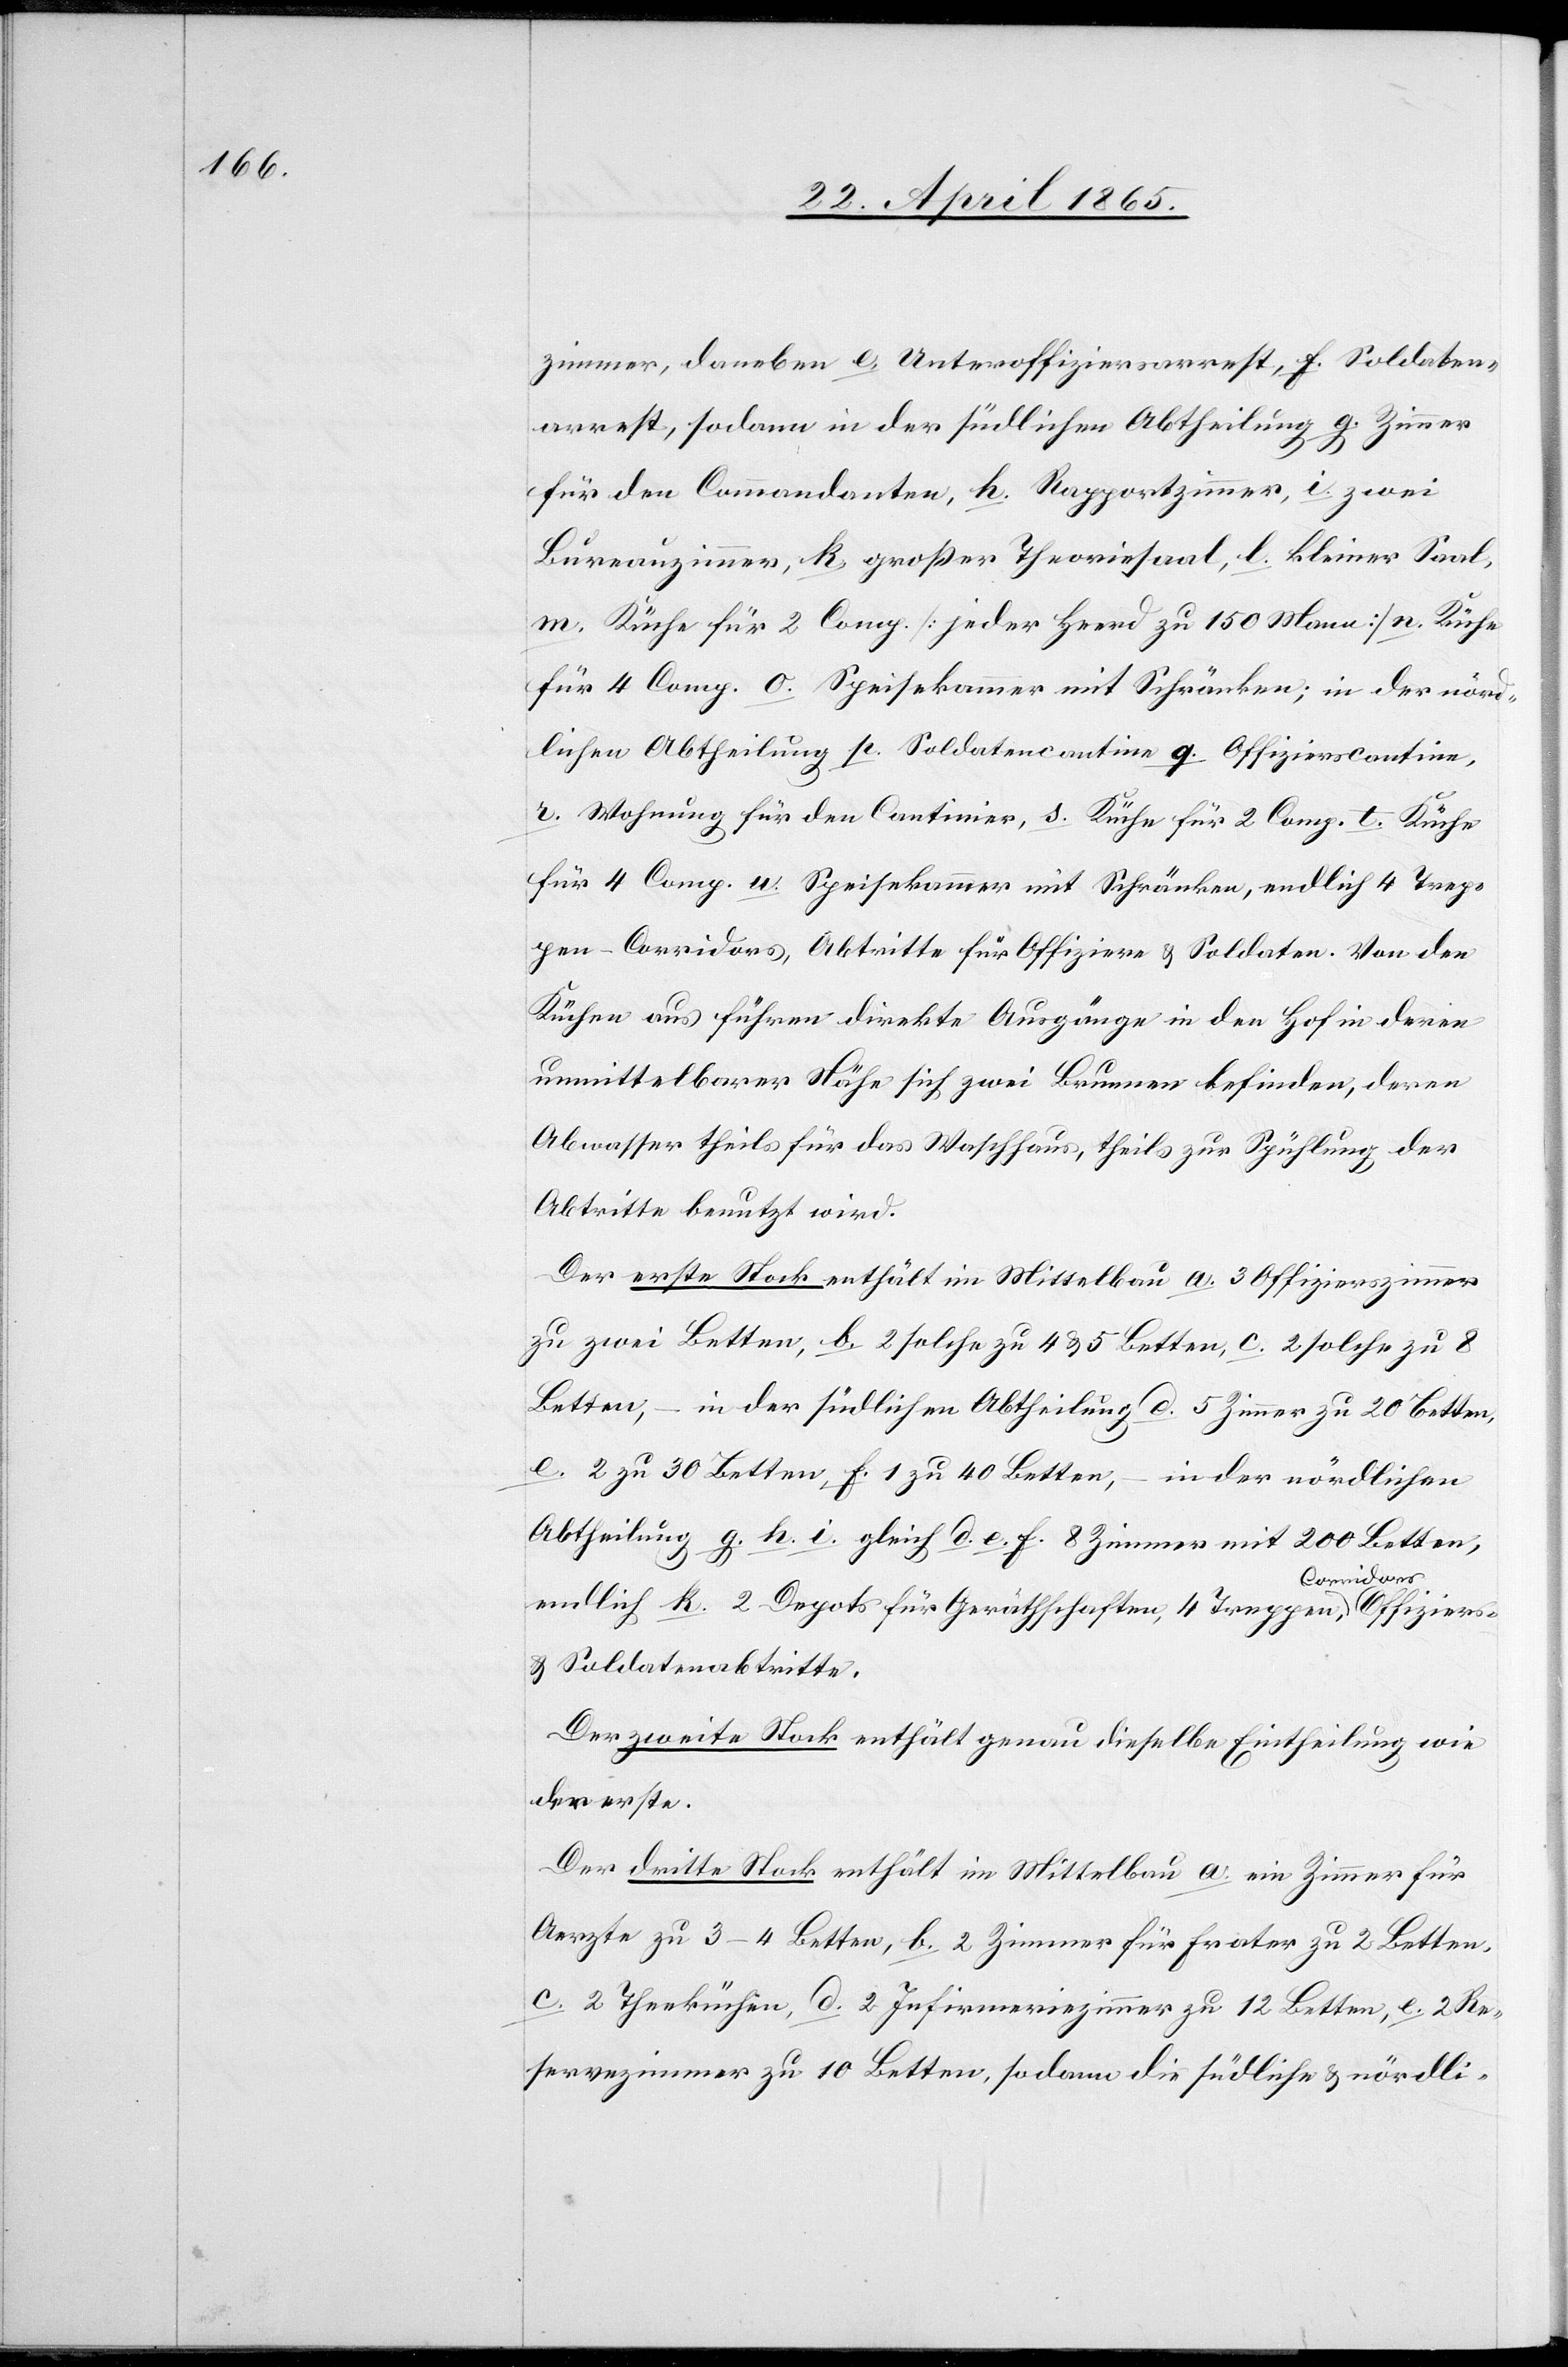
zimmer, daneben e. Unteroffiziersarrest, f. Soldaten¬
arrest, sodann in der südlichen Abtheilung g. Zimmer
für den Commandanten, h. Rapportzimmer, i. zwei
Bureauzimmer, k. großer Theoriesaal, l. kleiner Saal,
m. Küche für 2 Comp. [jeder Heerd zu 150 Mann] n. Küche
für 4 Comp. o. Speisekammer mit Schränken; in der nörd¬
lichen Abtheilung p. Soldatencantine q. Offizierscantine,
r. Wohnung für den Cantinier, s. Küche für 2 Comp. t. Küche
für 4 Comp. u. Speisekammer mit Schränken, endlich 4 Trep¬
pen-Corridors, Abtritte für Offiziere & Soldaten. Von den
Küchen aus führen direkte Ausgänge in den Hof in deren
unmittelbarer Nähe sich zwei Brunnen befinden, deren
Abwasser theils für das Waschhaus, theils zur Spühlung der
Abtritte benutzt wird.
Der erste Stock enthält im Mittelbau a. 3 Offizierszimmer
zu zwei Betten, b. 2 solche zu 4 & 5 Betten, c. 2 solche zu 8
Betten, – in der südlichen Abtheilung d. 5 Zimmer zu 20 Betten,
e. 2 zu 30 Betten, f. 1 zu 40 Betten, – in der nördlichen
Abtheilung g. h. i. gleich d. e. f. 8 Zimmer mit 200 Betten,
endlich k. 2 Depots für Geräthschaften, 4 Treppen, Corridors[,]
& Soldatenabtritte.
Der zweite Stock enthält genau dieselbe Eintheilung wie
der erste.
Der dritte Stock enthält im Mittelbau a. ein Zimmer für
Aerzte zu 3–4 Betten, b. 2 Zimmer für Frater zu 2 Betten,
c. 2 Theeküchen, d. 2 Infirmeriezimmer zu 12 Betten, e. 2 Re¬
servezimmer zu 10 Betten, sodann die südliche & nördli-